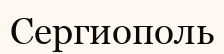
Сергиополь